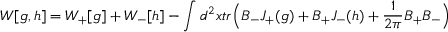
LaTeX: W [ g , h ] = W _ { + } [ g ] + W _ { - } [ h ] - \int d ^ { 2 } x t r \Big ( B _ { - } J _ { + } ( g ) + B _ { + } J _ { - } ( h ) + \frac { 1 } { 2 \pi } B _ { + } B _ { - } \Big )